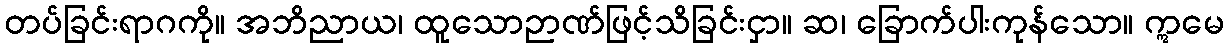
တပ်ခြင်းရာဂကို။ အဘိညာယ၊ ထူသောဉာဏ်ဖြင့်သိခြင်းငှာ။ ဆ၊ ခြောက်ပါးကုန်သော။ ဣမေ